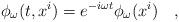
LaTeX: \begin{align*} \phi_{\omega}(t,x^i)=e^{-i\omega t}\phi_{\omega}(x^i)~~~,\end{align*}